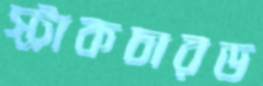
স্ট্রাকচারড